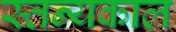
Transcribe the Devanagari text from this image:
स्तन्यकाल